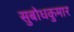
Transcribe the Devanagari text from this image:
सुबोधकुमार